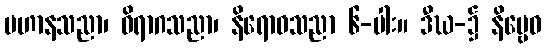
မဟာနသညာ၊ ဝိရာဂသညာ၊ နိရောဓသညာ ၆-ပါး။ ဒီဃ-၌ နိဗ္ဗေဓ